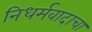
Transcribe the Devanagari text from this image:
निधर्मवादाचा